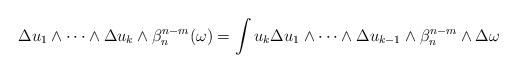
LaTeX: \begin{align*} \begin{aligned}\Delta u_1\wedge\dots\wedge\Delta u_k&\wedge\beta_n^{n-m}(\omega)=\int u_k\Delta u_1\wedge\dots\wedge\Delta u_{k-1}\wedge\beta_n^{n-m}\wedge\Delta \omega\end{aligned} \end{align*}